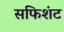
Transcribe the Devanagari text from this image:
सफिशंट